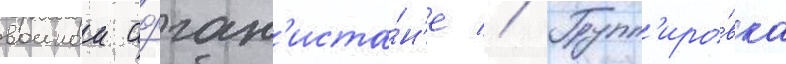
воинои афган'иста́н'е // Групп'иро́вка